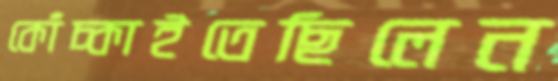
কোঁচ্‌কাইতেছিলেন